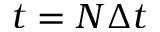
t = N \Delta t